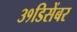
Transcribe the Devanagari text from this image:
३१डिसेंबर